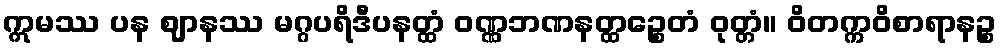
ဣမဿ ပန ဈာနဿ မဂ္ဂပရိဒီပနတ္ထံ ဝဏ္ဏဘဏနတ္ထဉ္စေတံ ဝုတ္တံ။ ဝိတက္ကဝိစာရာနဉ္စ